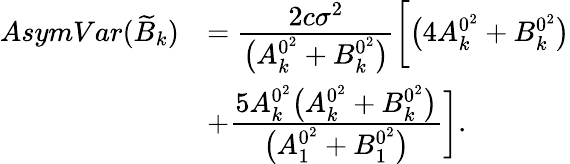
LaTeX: \begin{array}{rl}{AsymVar(\widetilde{B}_{k})}&{=\cfrac{2c\sigma^{2}}{\big(A_{k}^{0^{2}}+B_{k}^{0^{2}}\big)}\bigg[\big(4A_{k}^{0^{2}}+B_{k}^{0^{2}}\big)}\\ &{+\cfrac{5A_{k}^{0^{2}}\big(A_{k}^{0^{2}}+B_{k}^{0^{2}}\big)}{\big(A_{1}^{0^{2}}+B_{1}^{0^{2}}\big)}\bigg].}\end{array}